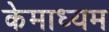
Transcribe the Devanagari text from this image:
केमाध्यम